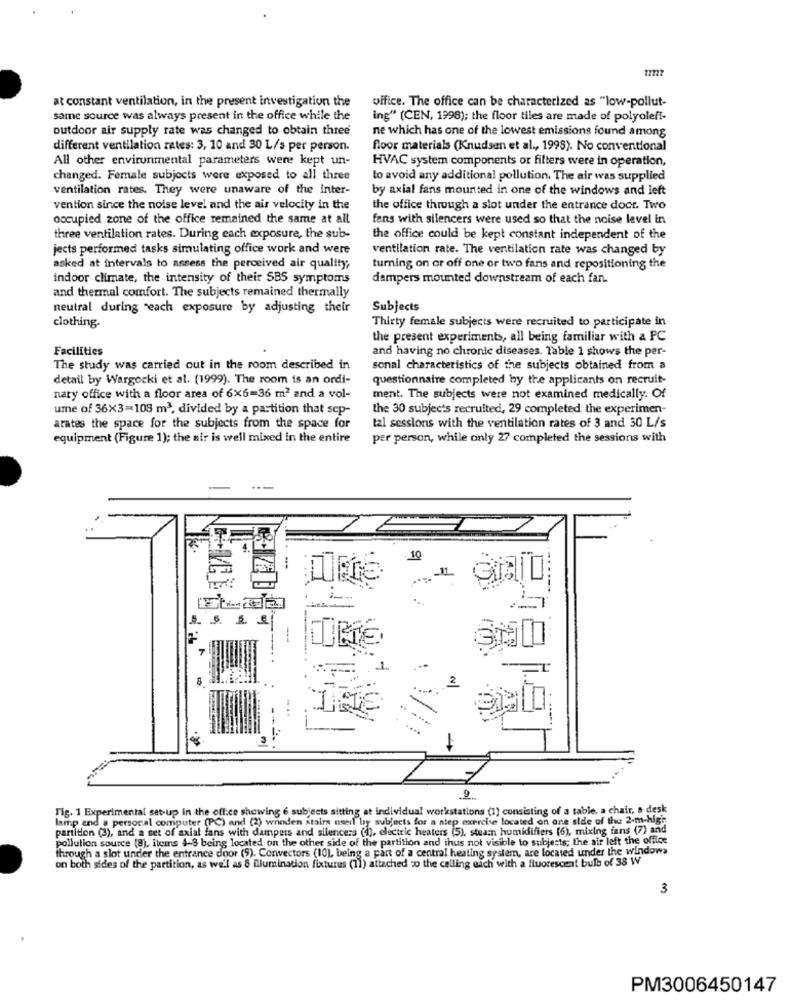
at constant ventilation, in the present investigation the
office. The office can be characterized as "low-pollut-
same source was always present in the office while the
ing" (CEN, 1998); the floor tiles are made of polyolefi-
outdoor air supply rate was changed to obtain three
ne which has one of the lowest emissions found among
different ventilation rates: 3, 10 and 30 L/s per person.
floor materials (Knudsen et al ., 1995). No conventional
All other environmental parameters were kept un-
HVAC system components or filters were in operation,
changed. Female subjects were exposed to all three
to avoid any additional pollution. The air was supplied
ventilation rates. They were unaware of the inter-
by axial fans mounted in one of the windows and left
vention since the noise level and the air velocity in the
the office through a slot under the entrance door. Two
occupied zone of the office remained the same at all
fans with silencers were used so that the noise level in
three ventilation rates. During each exposure, the sub-
the office could be kept constant independent of the
jects performed tasks simulating office work and were
ventilation rate. The ventilation rate was changed by
asked at intervals to assess the perceived air quality,
turning on or off one or two fans and repositioning the
indoor climate, the intensity of their SBS symptoms
dampers mounted downstream of each fan.
and thermal comfort. The subjects remained thermally
neutral during "each exposure by adjusting their
Subjects
clothing.
Thirty female subjects were recruited to participate in
the present experiments, all being familiar with a PC
Facilities
and having no chronic diseases. Table 1 shows the per-
The study was carried out in the room described in
sonal characteristics of the subjects obtained from a
detail by Wargocki et al. (1999). The room is an ordi-
questionnaire completed by the applicants on recruit-
nary office with a floor area of 6X6=36 m2 and a vol-
ment. The subjects were not examined medically. Of
ume of 36X3=108 m3, divided by a partition that sep-
the 30 subjects recruited, 29 completed the experimen-
arates the space for the subjects from the space for
tal sessions with the ventilation rates of 3 and 30 L/s
equipment (Figure 1); the air is well mixed in the entire
per person, while only 27 completed the sessions with
10
11
5. 5.
.--
8
2
9.
Tig. 1 Experimental set-up In the office showing 6 subjects sitting at individual workstations (1) consisting of a table, a chair, e desk
lamp end a personal computer (PC) and (2) whoden stairs need by subjects for a step exercise located on one side of thu 2-m-high
partition (3), and a set of axial fans with dampers and silencers (4), electric heaters (5), stearn humidifiers (6), mixing ians (7) and
pollution source (8), items 4-8 being located on the other side of the partition and thus not visible to subjects; the air left the office
through a slot under the entrance door (9). Convectors (10), being a part of a central heating system, are located under the windows
on both sides of the partition, as well as 8 illumination fixtures (11) attached zo the calling each with a fluorescent bulo of 38 W
3
PM3006450147